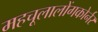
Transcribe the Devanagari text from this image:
महचूलालोंगकोर्नर